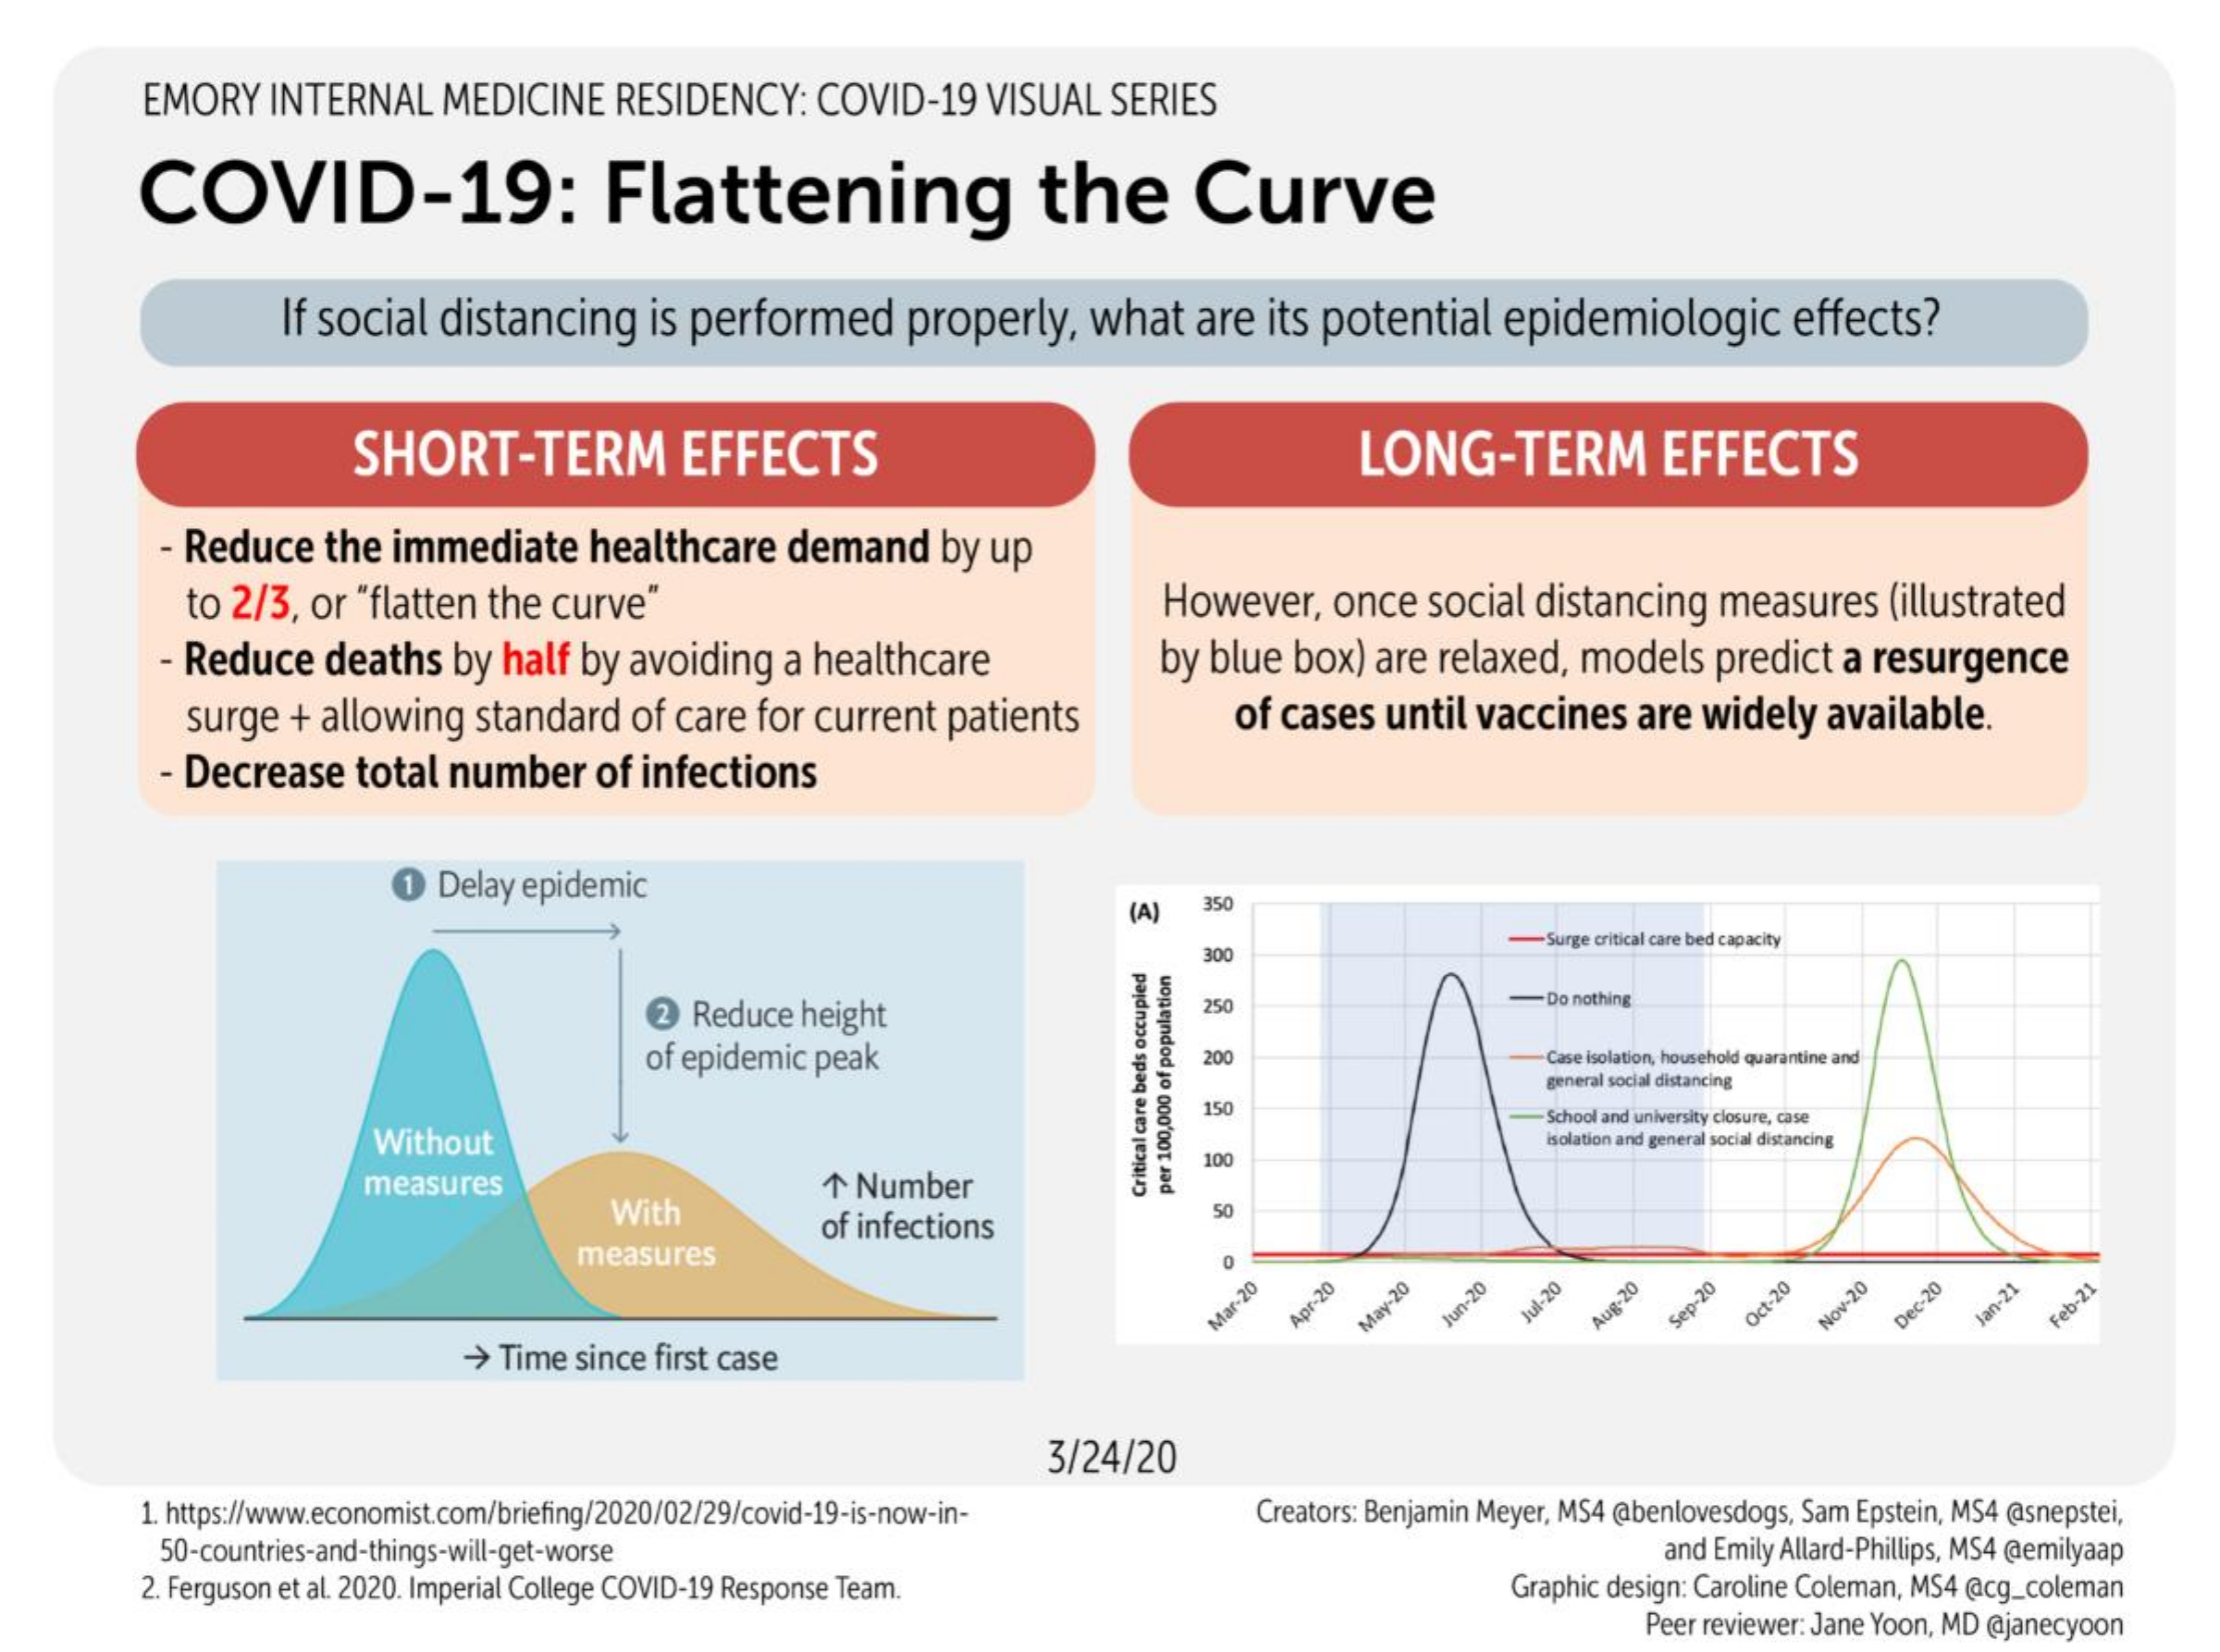
EMORY   INTERNAL   MEDICINE    RESIDENCY:    COVID-19   VISUAL  SERIES
     COVID-19:    Flattening    the    Curve
     If social distancing    is performed    properly,   what   are  its potential   epidemiologic    effects?
     SHORT-TERM    EFFECTS    LONG-TERM    EFFECTS
     - Reduce   the immediate    healthcare    demand    by up
     to 2/3, or "flatten the curve"    However,   once  social  distancing  measures   (illustrated
     - Reduce   deaths  by  half by avoiding  a healthcare    by blue box)  are relaxed,  models   predict a resurgence
     surge  + allowing  standard  of care  for current patients    of cases until  vaccines  are  widely  available.
     Decrease    total number    of infections
     1 Delay epidemic
     (A)  350
     300
     -Surge critical care bed capacity
     2 Reduce  height
     250    -Do nothing
     of epidemic peak    200    -Case isolation, household quarantine and
     general social distancing
     150
     Without
     School and university closure, case
     measures    1 Number
     100
     isolation and general social distancing
     With
     per
     100,000
     of
     population
     Critical
     care
     beds
     occupied
     of infections
     50
     measures
     Mar-20 Apr-20 May-20 Jun-20 Jul-20 Aug-20 Sep-20 Oct-20 Nov-20 Dec-20 Jan-21 Feb-21
     > Time since first case
     3/24/20
     1. https://www.economist.com/briefing/2020/02/29/covid-19-is-now-in-    Creators: Benjamin Meyer, MS4 @@benlovesdogs, Sam Epstein, MS4 @asnepstei,
     50-countries-and-things-will-get-worse
     2. Ferguson et al. 2020. Imperial College COVID-19 Response Team.
     and Emily Allard-Phillips, MS4 @emilyaap
     Graphic design: Caroline Coleman, MS4 @acg_coleman
     Peer reviewer: Jane Yoon, MD @@janecyoon